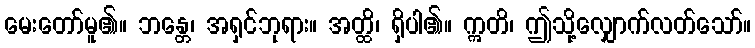
မေးတော်မူ၏။ ဘန္တေ၊ အရှင်ဘုရား။ အတ္ထိ၊ ရှိပါ၏။ ဣတိ၊ ဤသို့လျှောက်လတ်သော်။